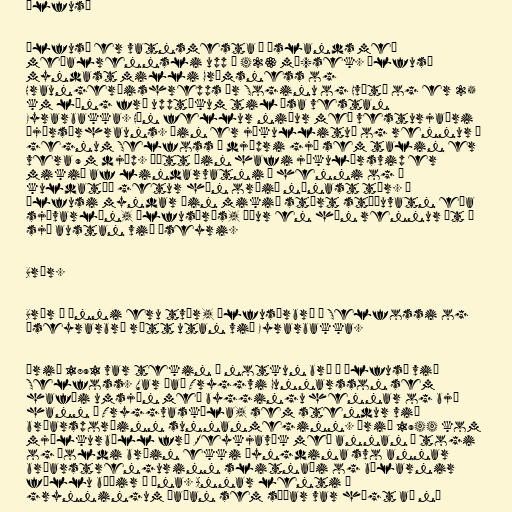
Ölfusá

Ölfusá er vatnsmesta á Íslands með
meðalrennsli upp á 423 m³/sek. Ölfusá
myndast milli Grímsness og
Hraungerðishrepps úr Soginu og Hvítá og er 25
km löng frá upptökum til ósa vestan
Eyrarbakka. Hún fellur niður með vesturjaðri
Þjórsárhrauns. Áin er jökullituð og rennur í
gegnum Selfoss í djúpri gjá sem talin er
vera 9 m djúp. Þótt áin hafi jökulársvip er
mikið af lindarvatni í henni og í
kuldatíð getur hún orðið nánast tær. Í
Ölfusi myndar áin mikið stórt stöðuvatn eða
sjávarlón, Ölfusárós, áður en hún rennur út í
sjó austan við Óseyri.

Brýr.

Brýr á ánni eru tvær, Ölfusárbrú á Selfossi og
Óseyrarbrú rétt utan við Eyrarbakka.

Árið 1891 var tekin í notkun brú á Ölfusá við
Selfoss. Var það Tryggvi Gunnarsson sem
hafði umsjón með byggingu hennar og bjó
hann í Tryggvaskála, sem stendur við
brúarsporðinn sunnanmeginn. Árið 1944 kom
mjólkurbíll frá Reykjavík með annan í togi
og þoldi brúin ekki þyngdina svo annar
brúarstrengurinn slitnaði og bílarnir
féllu báðir í ána. Annar lenti á
grynningum þaðan sem síðar var hægt að ná